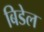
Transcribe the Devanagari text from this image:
बिडेल